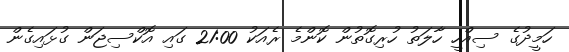
ހަމީދުގެ ސިއްހީ ހާލަތު ހުރިގޮތުން ކޮންމެ ރެއަކު 21:00 ގައި އޮކްސިޖަން ގުޅައިގެން